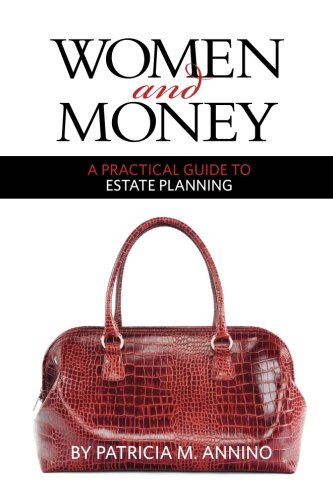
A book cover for Women and Money A Practical Guide to Estate Planning; Patricia M Annino; Law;